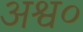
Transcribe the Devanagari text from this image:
अश्व०